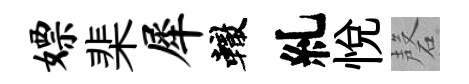
嫖棐犀轍糺悦磬